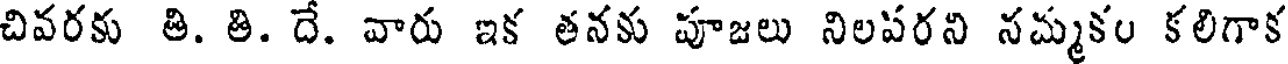
చివరకు తి. తి. దే. వారు ఇక తనకు పూజలు నిలపరని నమ్మకం కలిగాక